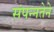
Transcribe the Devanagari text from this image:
संपन्नतेने